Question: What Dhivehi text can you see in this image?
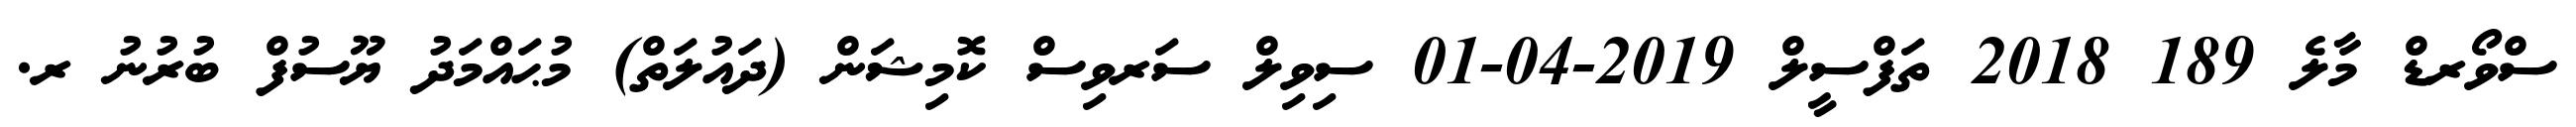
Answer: ސްވޯރޑް މާލެ 189 2018 ތަފްސީލް 2019-04-01 ސިވިލް ސަރވިސް ކޮމިޝަން (ދައުލަތް) މުޙައްމަދު ޔޫސުފް ބުރުނު ރ.